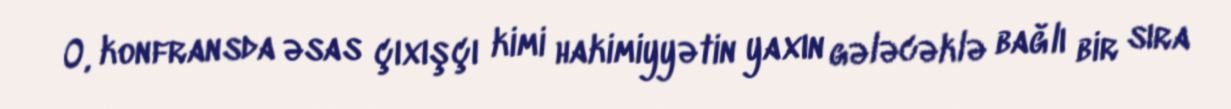
O, konfransda əsas çıxışçı kimi hakimiyyətin yaxın gələcəklə bağlı bir sıra